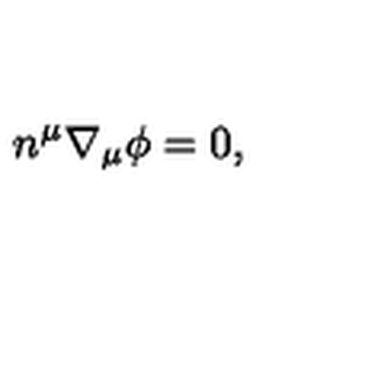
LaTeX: n ^ { \mu } \nabla _ { \mu } \phi = 0 ,